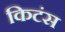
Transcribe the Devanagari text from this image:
किटंस